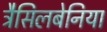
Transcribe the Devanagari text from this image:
ट्रैसिलबेनिया